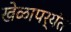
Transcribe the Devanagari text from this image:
खेळापर्यंत